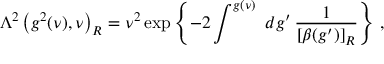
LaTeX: \Lambda ^ { 2 } \left( g ^ { 2 } ( \nu ) , \nu \right) _ { R } = \nu ^ { 2 } \exp \left\{ - 2 \int ^ { g ( \nu ) } \, \, d g ^ { \prime } \, \frac { 1 } { [ \beta ( g ^ { \prime } ) ] _ { R } } \right\} \, ,